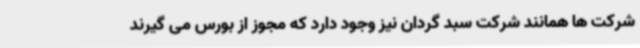
شرکت ها همانند شرکت سبد گردان نیز وجود دارد که مجوز از بورس می گیرند